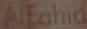
Alfahid